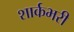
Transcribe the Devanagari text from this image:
शार्कभरी